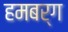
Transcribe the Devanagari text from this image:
हमबर्ग